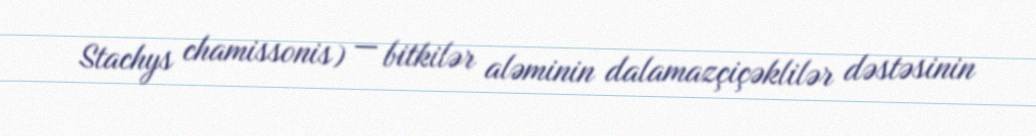
Stachys chamissonis) — bitkilər aləminin dalamazçiçəklilər dəstəsinin